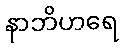
နာဘိဟရေ